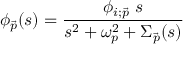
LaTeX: \phi _ { \vec { p } } ( s ) = \frac { \phi _ { i ; \vec { p } } \; s } { s ^ { 2 } + \omega _ { p } ^ { 2 } + \Sigma _ { \vec { p } } ( s ) }